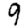
Digit: 9